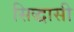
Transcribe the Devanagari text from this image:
सिद्धासी